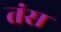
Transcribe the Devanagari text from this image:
तंस